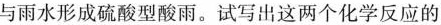
与雨水形成硫酸型酸雨。试写出这两个化学反应的